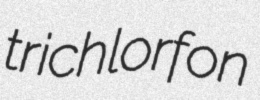
trichlorfon